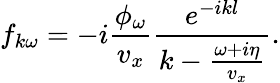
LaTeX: f_{k\omega}=-i\frac{\phi_{\omega}}{v_{x}}\frac{e^{-ikl}}{k-\frac{\omega+i\eta}{v_{x}}}.